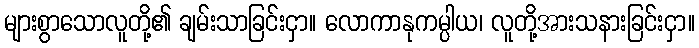
များစွာသောလူတို့၏ ချမ်းသာခြင်းငှာ။ လောကာနုကမ္ပါယ၊ လူတို့အားသနားခြင်းငှာ။